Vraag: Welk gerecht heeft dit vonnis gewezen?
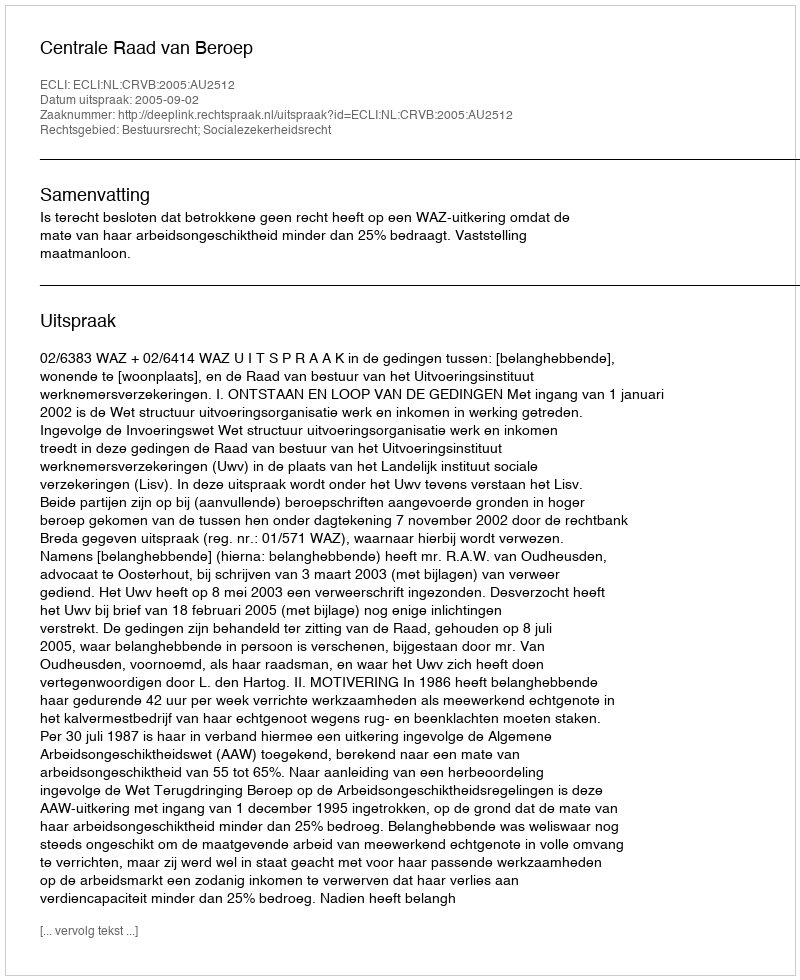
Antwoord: Centrale Raad van Beroep